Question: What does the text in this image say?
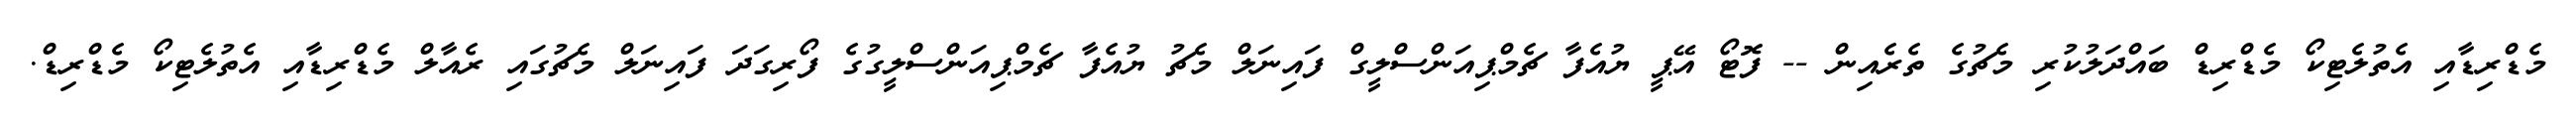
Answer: މެޑްރިޑާއި އެތުލެޓިކޯ މެޑްރިޑް ބައްދަލުކުރި މެޗުގެ ތެރެއިން -- ފޮޓޯ އޭޕީ ޔުއެފާ ޗެމްޕިއަންސްލީގް ފައިނަލް މެޗު ޔުއެފާ ޗެމްޕިއަންސްލީގުގެ ފޯރިގަދަ ފައިނަލް މެޗުގައި ރެއާލް މެޑްރިޑާއި އެތުލެޓިކޯ މެޑްރިޑް.